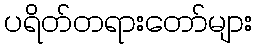
ပရိတ်တရားတော်များ